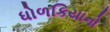
ધોળકિયાનો